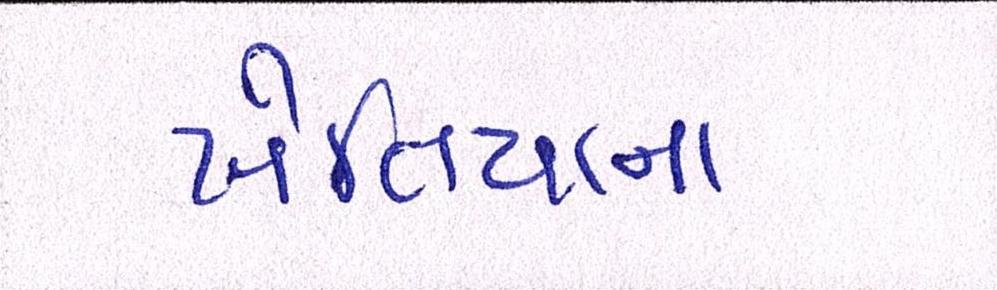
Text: ખેતિયાના